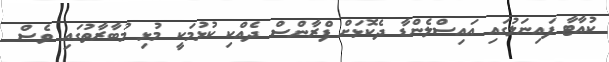
ކުއާޓާ ފައިނަލުގައި އައިސްލެންޑާ ދެކޮޅަށް ފްރާންސް ދެއްކި ކުޅުމަކީ މުޅި މުބާރާތުގައި ވެސް